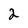
Character: 2